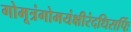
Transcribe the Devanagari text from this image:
गोमूत्रंगोमयंक्षीरंदधिसर्पिः